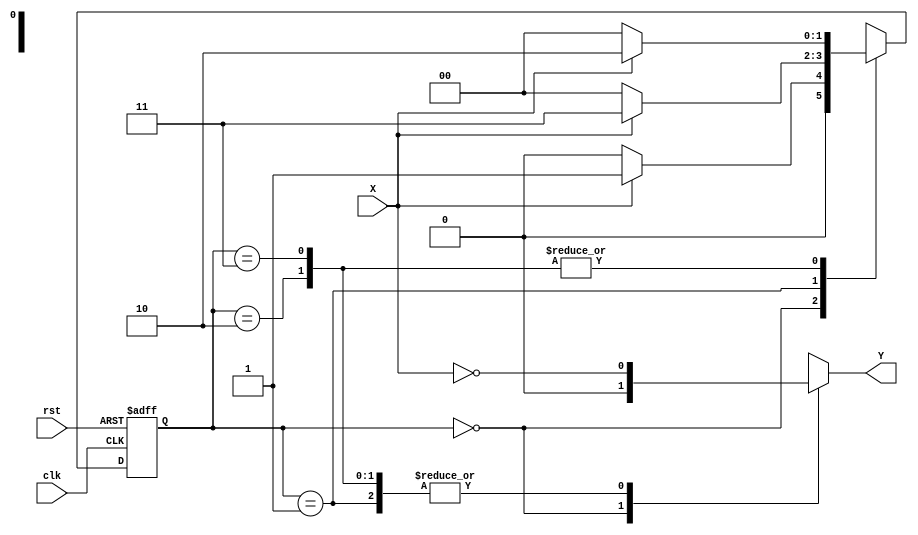
module Zero_Detector(output reg Y, input X, clk, rst);

reg [1:0] state, nextstate;
parameter S0 = 2'b00, S1 = 2'b01, S2 = 2'b10, S3 = 2'b11;

always @ (posedge clk, negedge rst)
begin
	if(!rst)
		state <= S0;
	else
		state <= nextstate;
end

always @ (state, X)
begin
	case(state)
		S0 : if(X) nextstate <= S1; else nextstate <= S0;
		S1 : if(X) nextstate <= S3; else nextstate <= S0;
		S2 : if(X) nextstate <= S2; else nextstate <= S0;
		S3 : if(X) nextstate <= S2; else nextstate <= S0;
	endcase
end

always @ (state, X)
begin
	case(state)
		S0 : Y <= 1'b0;
		S1, S2, S3 : Y <= !X;
	endcase
end

endmodule